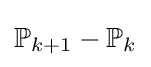
\mathbb {P} _{k+1}-\mathbb {P} _{k}